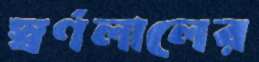
স্বর্ণলালের